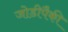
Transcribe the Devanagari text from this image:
जोडीपैकी